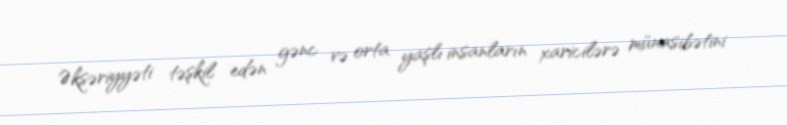
Əksəriyyəti təşkil edən gənc və orta yaşlı insanların xaricilərə münasibətini